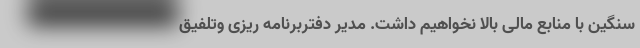
سنگین با منابع مالی بالا نخواهیم داشت. مدیر دفتربرنامه ریزی وتلفیق